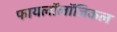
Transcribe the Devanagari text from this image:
फायलॉलॉजिकल